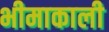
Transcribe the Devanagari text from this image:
भीमाकाली